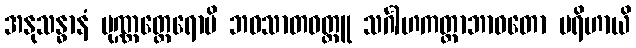
အနုသန္ဓာနံ ပုဏ္ဏတ္ထေရောပိ ဘဝသာတဝတ္ထူ သင်္ဂါဟကတ္တာဘာဝတော ပရိဟာယိ